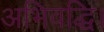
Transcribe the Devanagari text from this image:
अभिवद्धि।